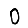
Digit: 0